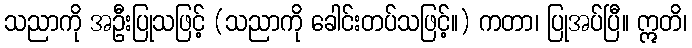
သညာကို အဦးပြုသဖြင့် (သညာကို ခေါင်းတပ်သဖြင့်။) ကတာ၊ ပြုအပ်ပြီ။ ဣတိ၊